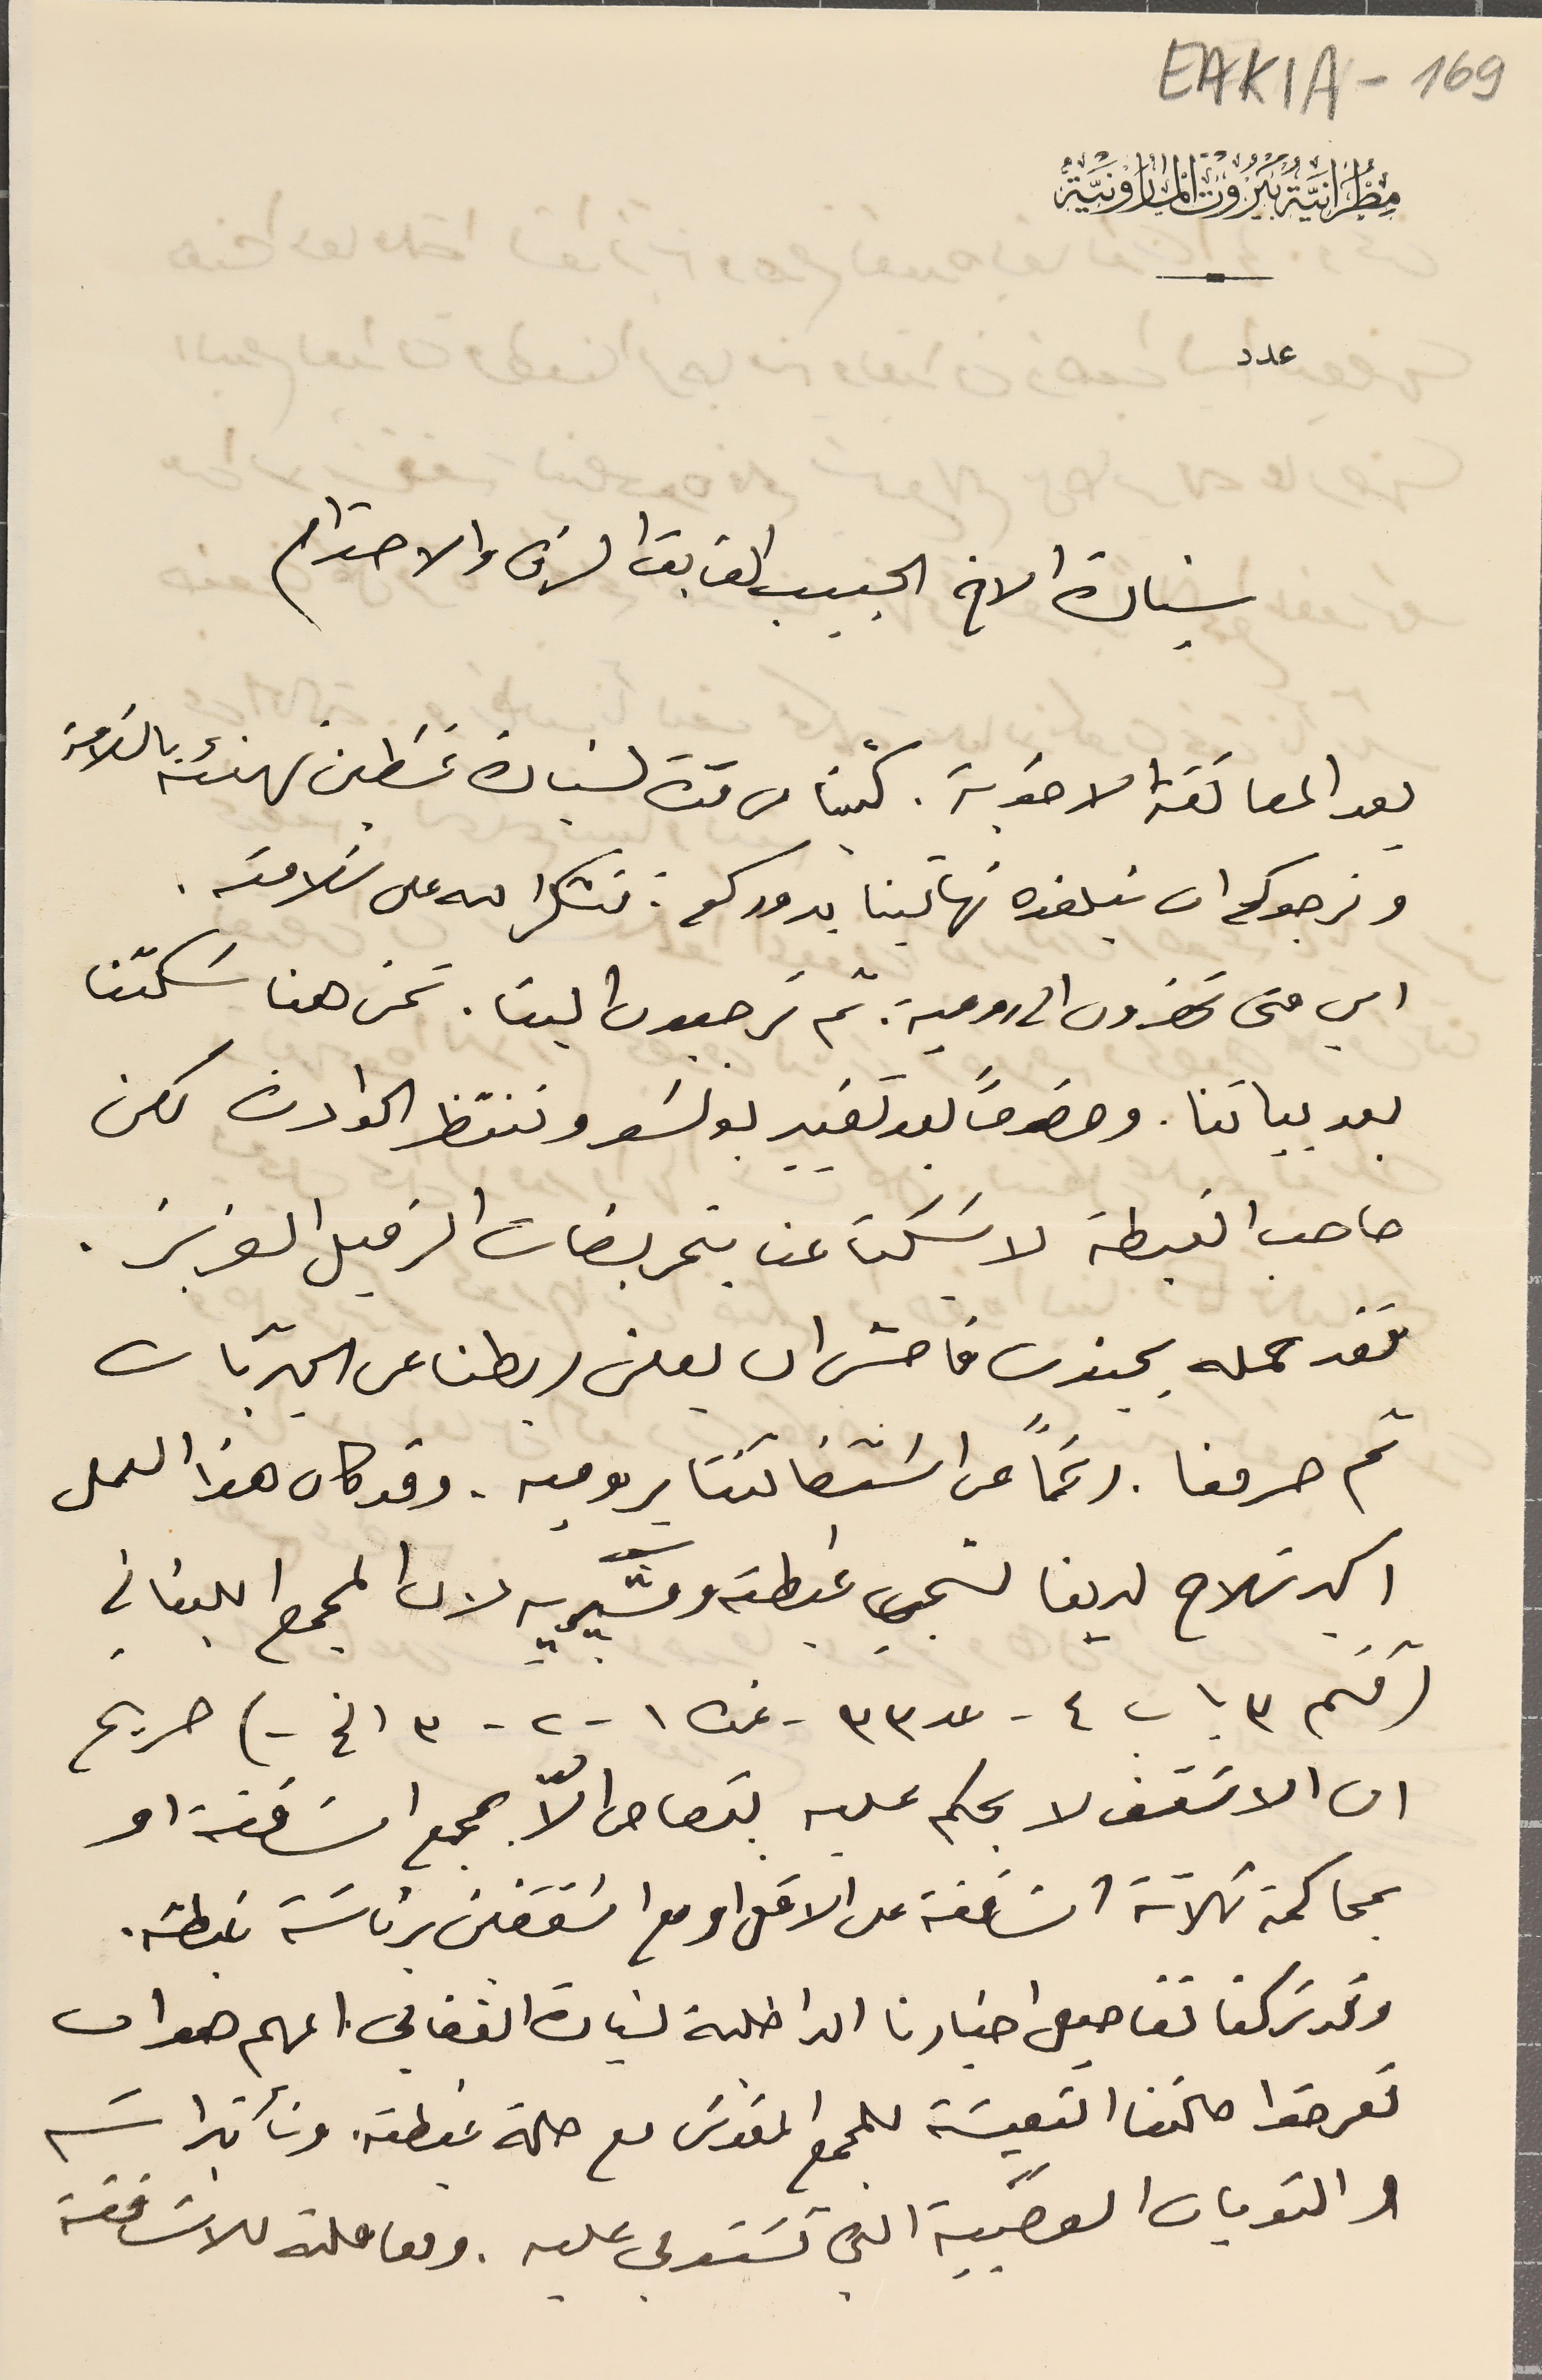
EAK1A - 169
مطرانية بيروت المارونية
عدد
 سيادة الاخ الحبيب الفايق الشرف والاحترام
بعد المعانقة الاخوية. كتبنا من مدة لسَيادة غسَطين تهنئة بالسَلامة
ونرجوكم ان تبلغوه تهانينا بدوركم: نشكر الله على سلامته.
اي متى تحضرون الى رومية. ثم ترجعون الينا. نحن هنا سَكتنا
بعد بياتنا. وخصوصاً بعد تغيير بونسَو وننتظر الحوادث لكن
صاحب الغبطة لاسَكت عنا بتحريضات الزميل العزيز.
فقد حمله بجنون فاحش ان يعلن ربطنا عن المجريّات
 ثم حرمنا. رغماً عن اسَتقالتنا بروميه. وقد كان هذا العمل
 اكبر سَلاح لدينا لشجب غبطته ومشيريه لان المجمع اللبناني
( قسم ٣ باب ٤ - عد ٣٣ - نمره ١ - ٢ - ٣ الخ -) صريح
 ان الاسَقف لا يحكم عليه بقصاص الّا بمجمع اسَاقفة او
بمحاكمة ثلاثة اسَاقفة على الاقل او مع اسَقفين برئاسَة غبطته.
وقد تركنا تفاصيل اخبارنا الداخلية لسَيادة الفغالي المهم هو ان
 تعرفوا حالتنا التعيسَة للمجمع المقدسَ مع حالة غبطته وتأثيراته
والنوبات العصَببية التى تسَتولى عليه. ومعاملته للاسَاقفة